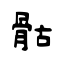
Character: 骷